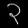
Digit: ၃